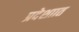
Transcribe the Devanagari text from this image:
प्रदेशाात